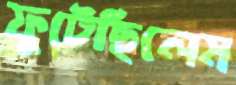
ফুটেছিলেম